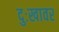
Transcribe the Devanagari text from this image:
दुःखावर